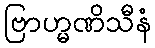
ဗြာဟ္မဏိသီနံ